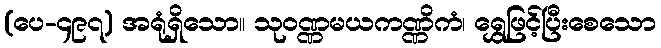
(ပေ-၄၉၇) အရုံရှိသော။ သုဝဏ္ဏမယကဏ္ဏိကံ၊ ရွှေဖြင့်ပြီးစေသော